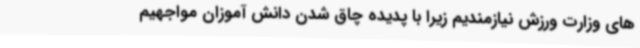
های وزارت ورزش نیازمندیم زیرا با پدیده چاق شدن دانش آموزان مواجهیم